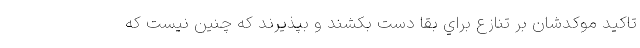
تاكيد موكدشان بر تنازع براي بقا دست بكشند و بپذيرند كه چنين نيست كه